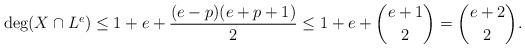
LaTeX: \begin{align*}\deg(X\cap L^e)\leq 1+e+\frac{(e-p)(e+p+1)}{2}\leq 1+e+\binom{e+1}{2}=\binom{e+2}{2}.\end{align*}